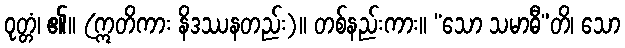
ဝုတ္တံ၊ ၏။ (ဣတိကား နိဒဿနတည်း)။ တစ်နည်းကား။ “သော သမာဓီ”တိ၊ သော